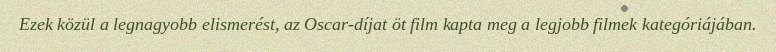
Ezek közül a legnagyobb elismerést, az Oscar-díjat öt film kapta meg a legjobb filmek kategóriájában.